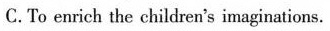
C.To enrich the children's imaginations.